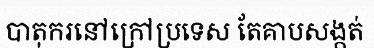
បាតុករនៅក្រៅប្រទេស តែគាបសង្កត់